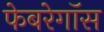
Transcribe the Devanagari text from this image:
फेबरेगॉस